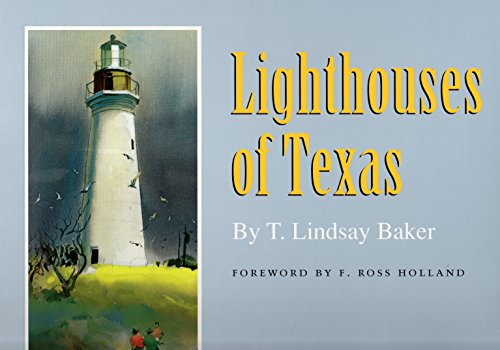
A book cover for Lighthouses of Texas; T. Lindsay Baker; Engineering & Transportation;